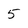
Character: 5